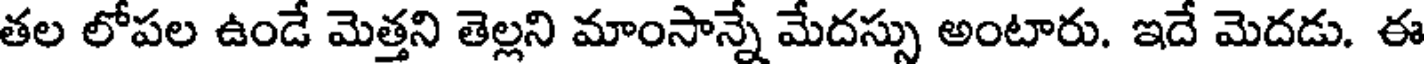
తల లోపల ఉండే మెత్తని తెల్లని మాంసాన్నే మేదస్సు అంటారు. ఇదే మెదడు. ఈ